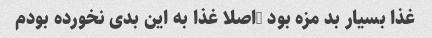
غذا بسیار بد مزه بود …اصلا غذا به این بدی نخورده بودم